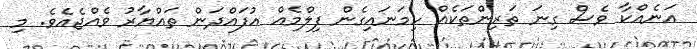
އަނެއްކާ ވެސް ގިނަ ތަރިންތަކެއް ހިމަނައިގެން ފިލްމެއް އުފައްދަން ތައްޔާރު ވެއްޖެއެވެ. މި